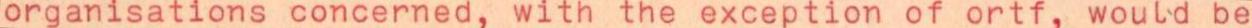
organisations concerned, with the exception of ortf, would be